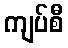
ကျပ်စီ